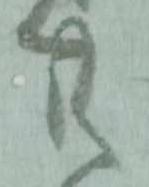
共